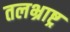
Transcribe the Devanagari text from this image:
तलभ्राष्ट्र